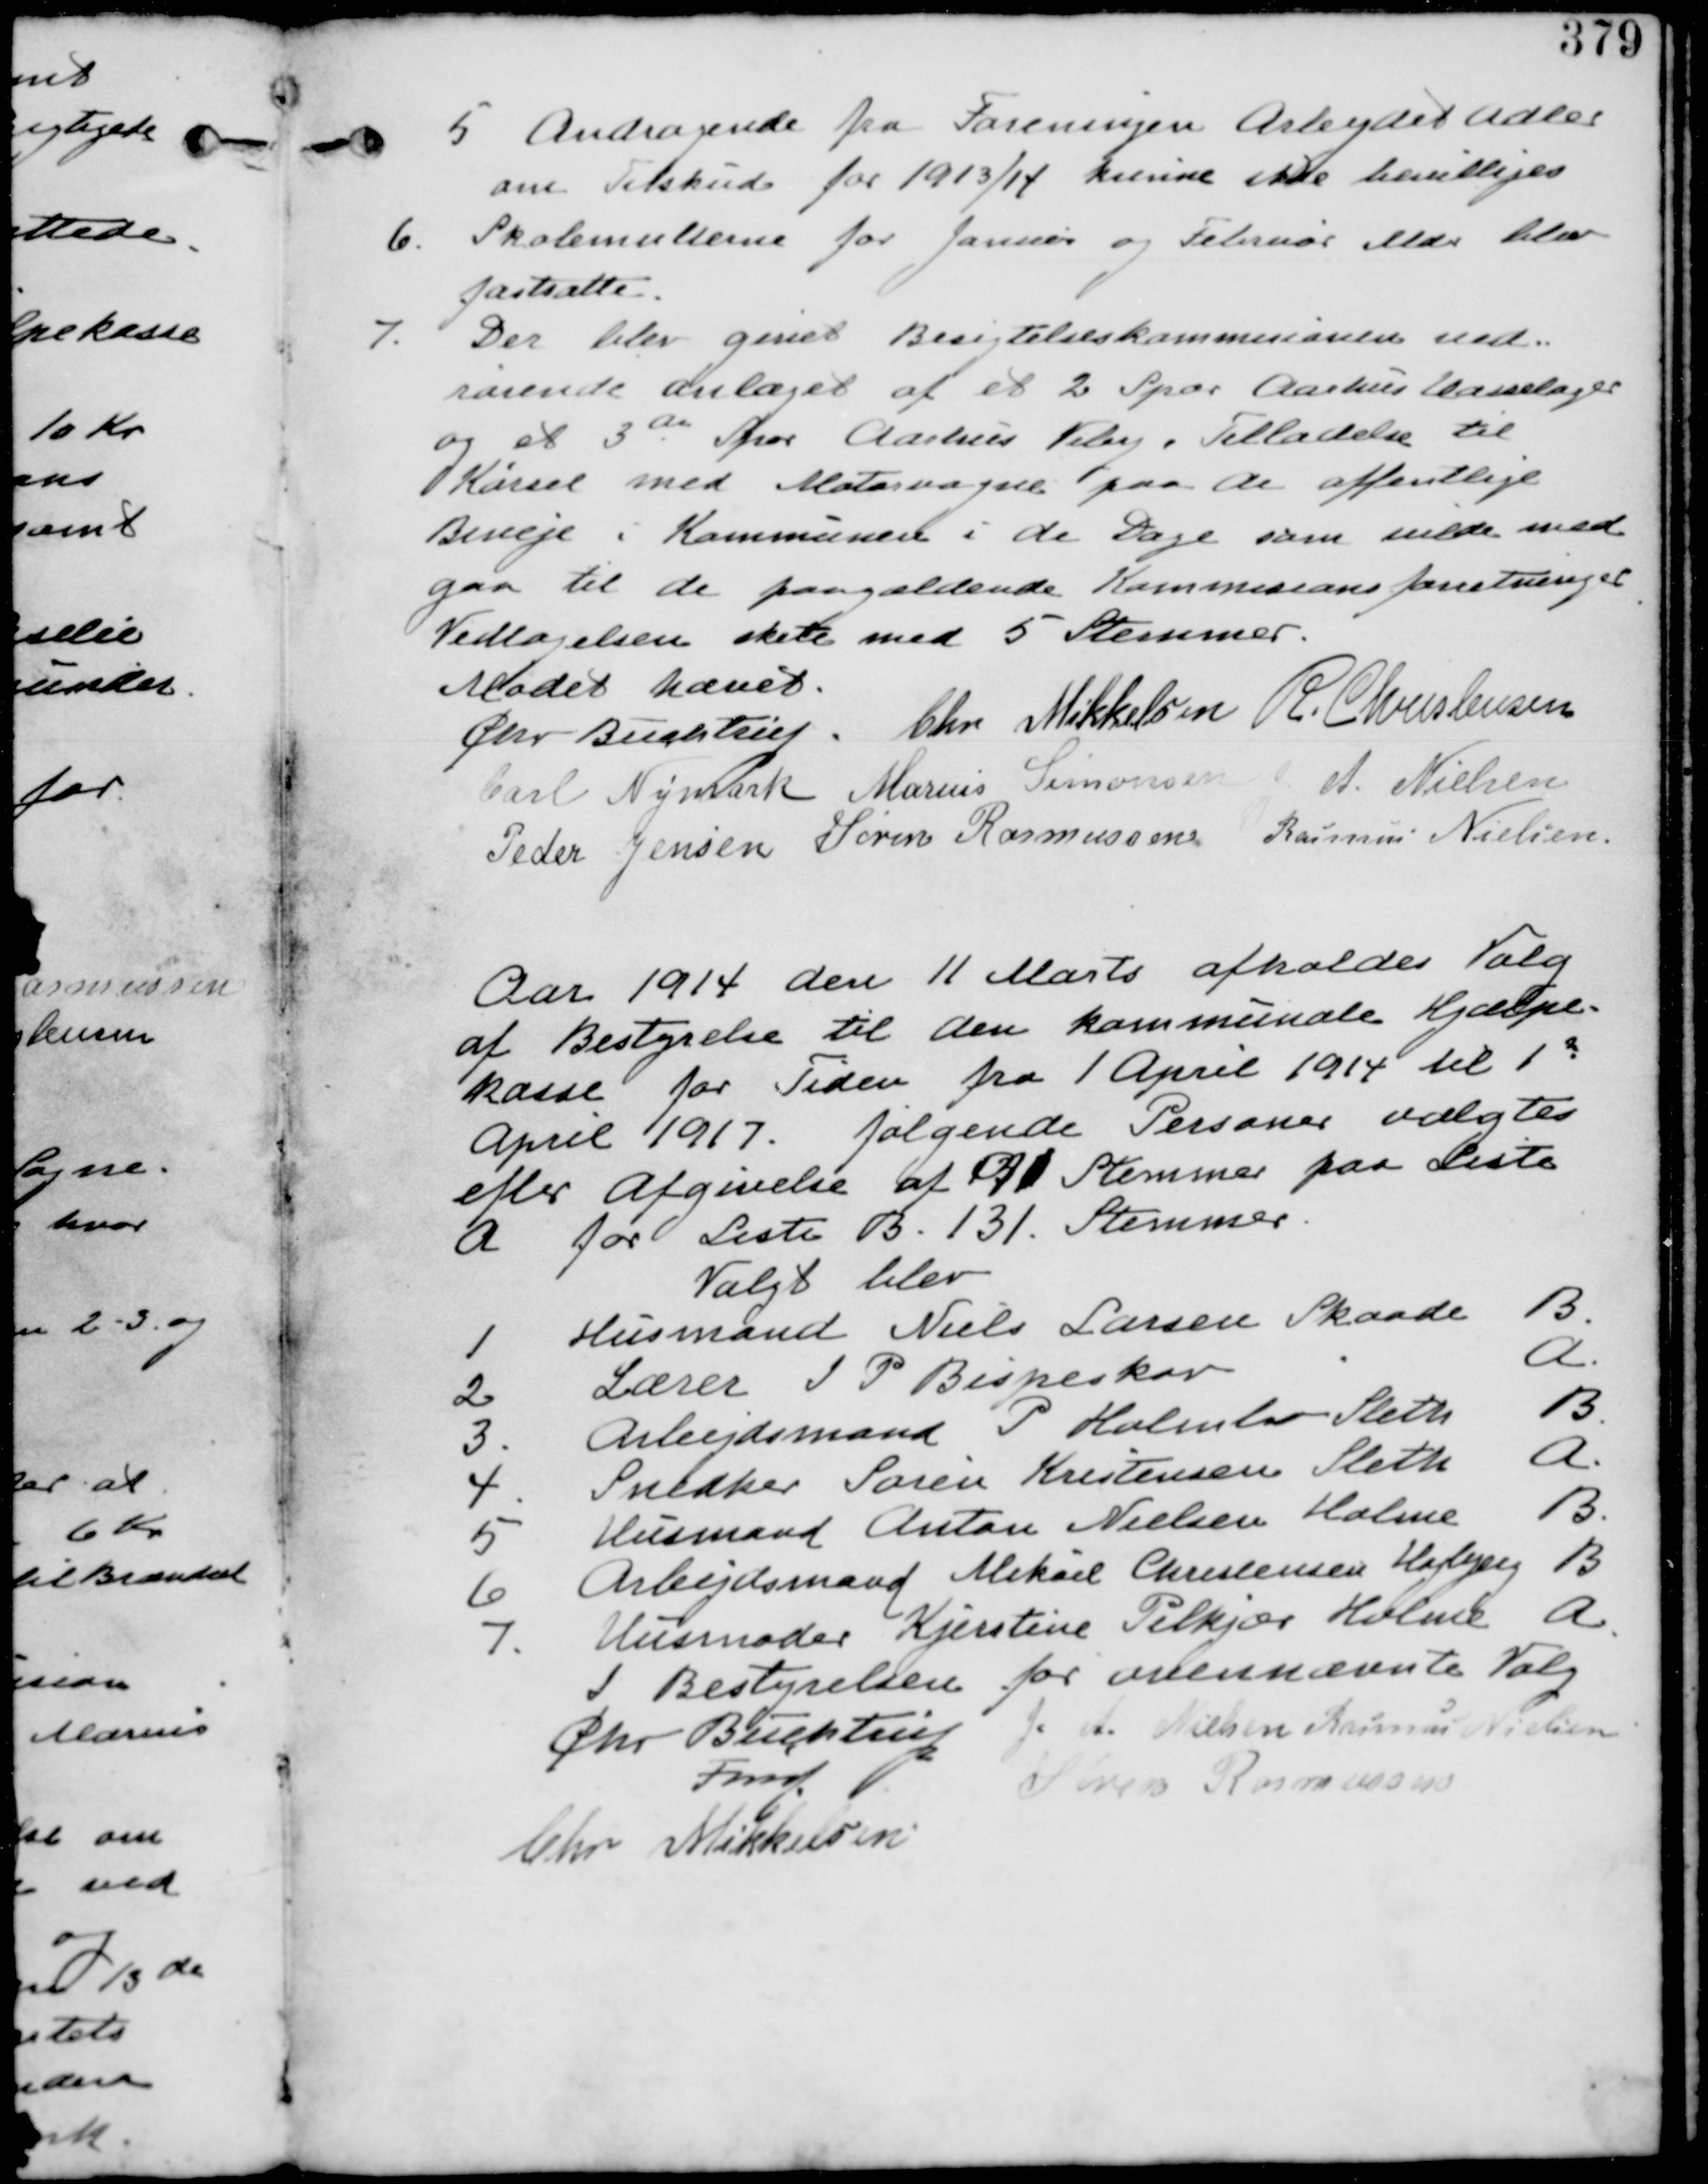
Transskription:
5. Andragende fra Foreningen Arbejdet Adler
om Tilskud for 1913/14 kunne ikke bevilliges.

6. Skolemulterne for Januar og Februar Mdr blev
fastsatte.

7. Der blev givet Besigtigelseskommissionen ved-
rørende anlægget af et 2 Spor Aarhus Hasselager
og at 3de Spor Aarhus Viby. Tilladelse til
Kørsel med Motorvogne paa de offentlige
Biveje i Kommunen i de Dage som vilde med
gaa til de paagældende Kommissions forretninger
Vedtagelsen skete med 5 Stemmer.

Mødet hævet.
Chr. Buchtrup. Chr. Mikkelsen R. Christensen
Carl Nymark Marius Simonsen A. Nielsen
Peder Jensen Søren Rasmussen Rasmus Nielsen

Aar 1914 den 11 Mart afholdes Valg
af Bestyrelse til den kommunale Hjælpe-
kasse for Tiden fra 1 April 1914 til 1
April 1917. følgende Personer valgtes
efter Afgivelse af 91 Stemmer paa Liste
A for Liste B. 131 Stemmer.
Valgt blev
8.
Husmand Niels Larsen Skaade B
2
Lærer I P Bispeskov
A
3.
Arbejdsmand P Holmler Sleth B
4.
Snedker Søren Kristensen Sleth A
5
Husmand Anton Nielsen Holme B
6
Arbejdsmand Mikael Christensen Højbjerg B
7. Husmoder Kjerstine Pilkjær Holme A

I
Bestyrelsen forovennævnte Valg
Chr Buchtrup A. Nielsen Rasmus Nielsen
Fmd.
Søren Rasmussen
Chr Mikkelsen